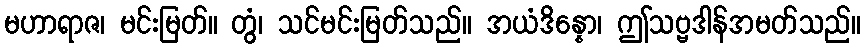
မဟာရာဇ၊ မင်းမြတ်။ တွံ၊ သင်မင်းမြတ်သည်။ အယံဒိန္နော၊ ဤသဗ္ဗဒါန်အမတ်သည်။